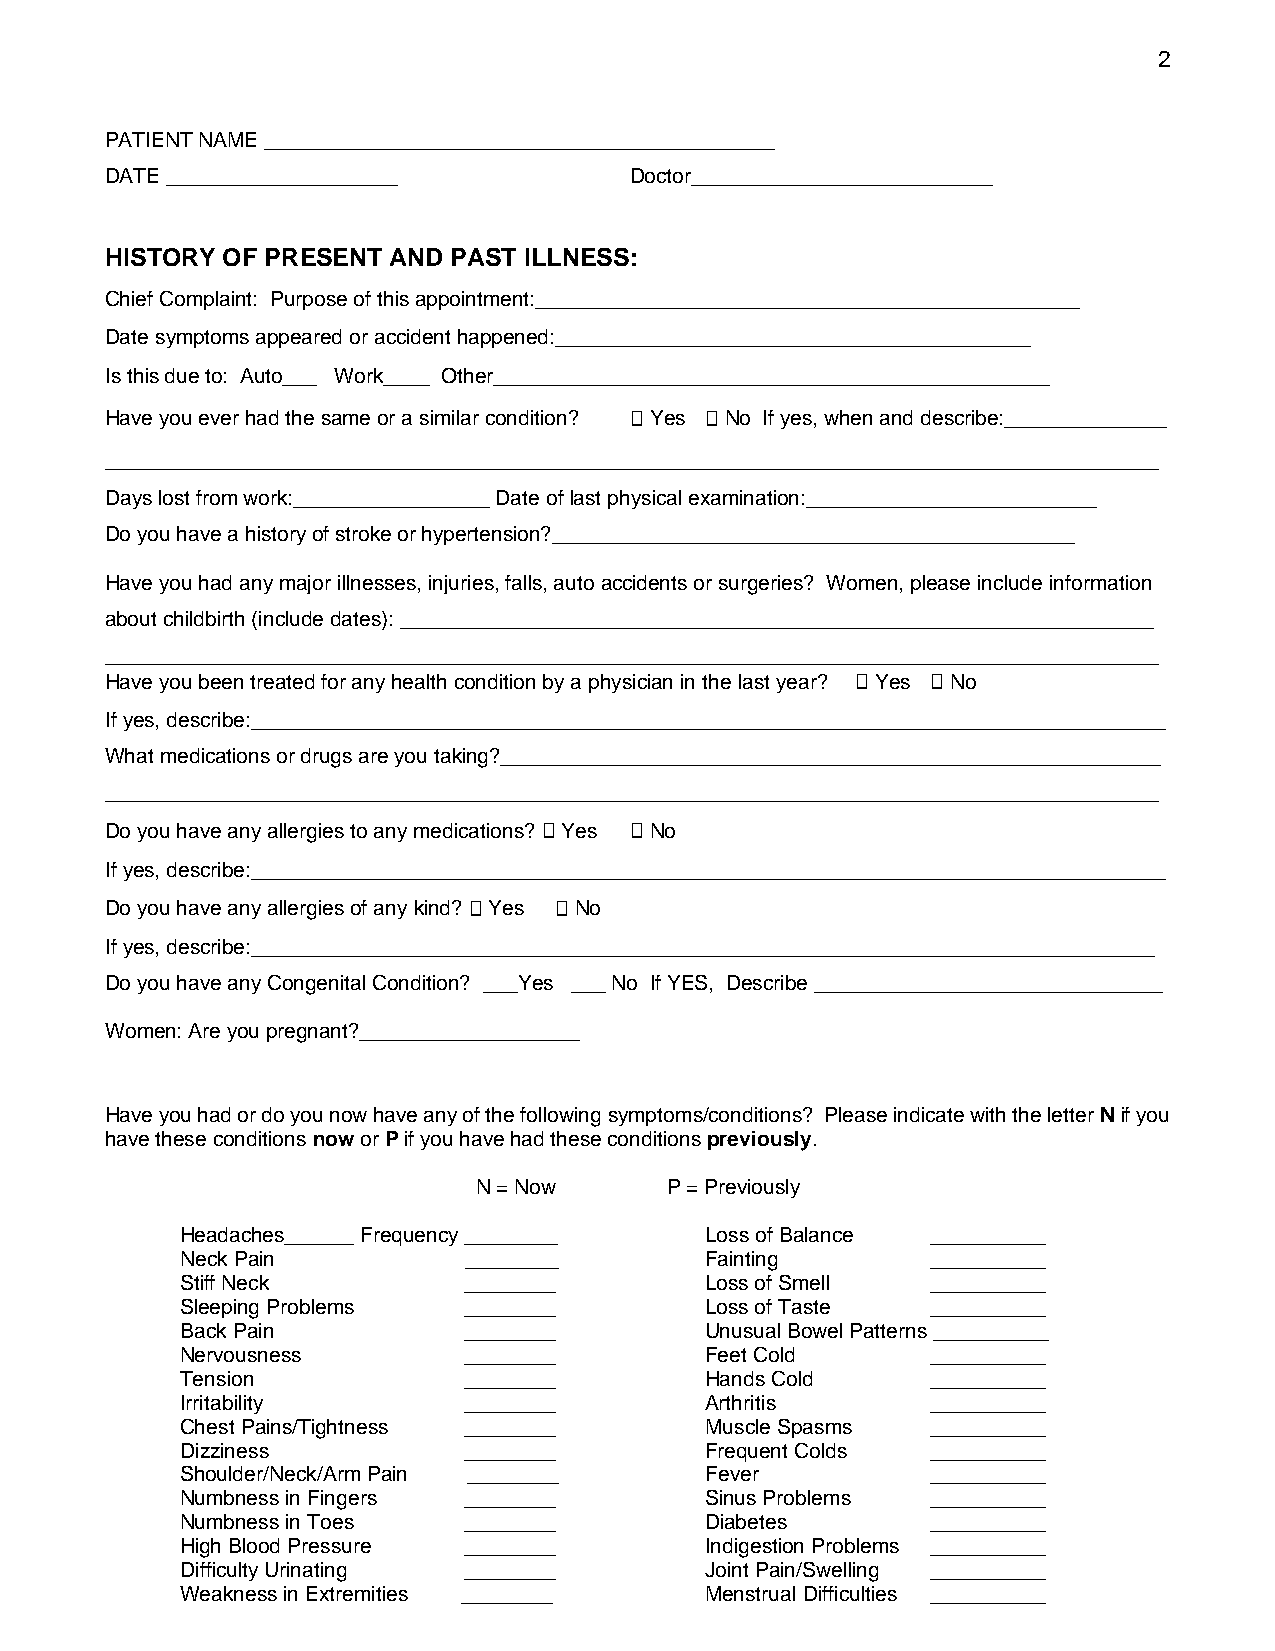
2
 PATIENT NAME ____________________________________________
 DATE ____________________          Doctor__________________________
 HISTORY OF PRESENT AND PAST ILLNESS:
 Chief Complaint: Purpose of this appointment:_______________________________________________
 Date symptoms appeared or accident happened:_________________________________________
 Is this due to: Auto___ Work____ Other________________________________________________
 Have you ever had the same or a similar condition? Yes No If yes, when and describe:______________
 ___________________________________________________________________________________________
 Days lost from work:_________________ Date of last physical examination:_________________________
 Do you have a history of stroke or hypertension?_____________________________________________
 Have you had any major illnesses, injuries, falls, auto accidents or surgeries? Women, please include information
 about childbirth (include dates): _________________________________________________________________
 ___________________________________________________________________________________________
 Have you been treated for any health condition by a physician in the last year? Yes No
 If yes, describe:_______________________________________________________________________________
 What medications or drugs are you taking?_________________________________________________________
 ___________________________________________________________________________________________
 Do you have any allergies to any medications? Yes No
 If yes, describe:_______________________________________________________________________________
 Do you have any allergies of any kind? Yes No
 If yes, describe:______________________________________________________________________________
 Do you have any Congenital Condition? ___Yes ___ No If YES, Describe ______________________________
 Women: Are you pregnant?___________________
 Have you had or do you now have any of the following symptoms/conditions? Please indicate with the letter N if you
 have these conditions now or P if you have had these conditions previously.
 N = Now      P = Previously
 Headaches______ Frequency ________ Loss of Balance __________
 Neck Pain          ________        Fainting       __________
 Stiff Neck         ________        Loss of Smell  __________
 Sleeping Problems  ________        Loss of Taste  __________
 Back Pain          ________        Unusual Bowel Patterns __________
 Nervousness        ________        Feet Cold      __________
 Tension            ________        Hands Cold     __________
 Irritability       ________        Arthritis      __________
 Chest Pains/Tightness ________     Muscle Spasms  __________
 Dizziness          ________        Frequent Colds __________
 Shoulder/Neck/Arm Pain ________    Fever          __________
 Numbness in Fingers ________       Sinus Problems __________
 Numbness in Toes   ________        Diabetes       __________
 High Blood Pressure ________       Indigestion Problems __________
 Difficulty Urinating ________      Joint Pain/Swelling __________
 Weakness in Extremities ________   Menstrual Difficulties __________